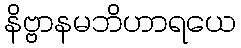
နိဗ္ဗာနမဘိဟာရယေ